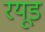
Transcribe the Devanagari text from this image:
रयूड